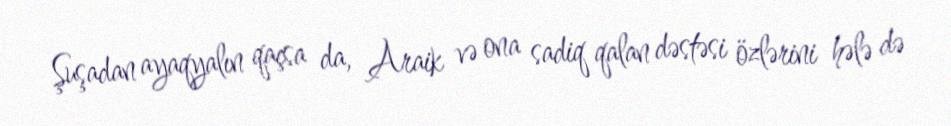
Şuşadan ayaqyalın qaçsa da, Araik və ona sadiq qalan dəstəsi özlərini hələ də